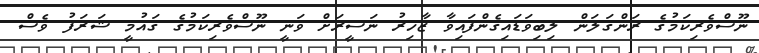
ނޫސްވެރިކަމުގެ ރަންގަލަން ލިބިވަޑައިގެންފައިވާ ޒާހިރު ނަސީރަށް ވަނީ ނޫސްވެރިކަމުގެ ގައުމީ ޝަރަފު ވެސް